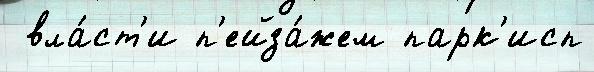
 вла́ст'и п'ейза́жем парк'исп